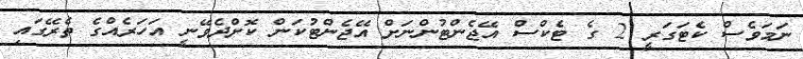
ނަމަވެސް ކެޓަގަރީ 2 ގެ ޓެކްސް އޭޖެންޓުންނަށް އޭޖެންޓުކަން ކޮށްދެވޭނީ އަހަރެއްގެ ތެރޭގައި